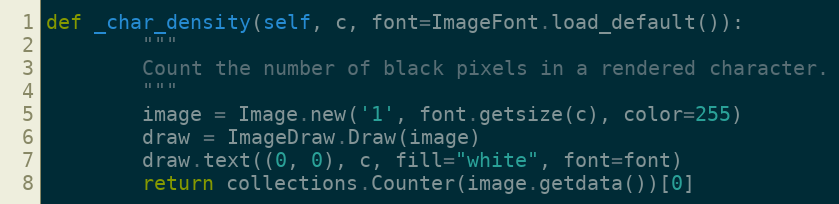
Language: Python
def _char_density(self, c, font=ImageFont.load_default()):
        """
        Count the number of black pixels in a rendered character.
        """
        image = Image.new('1', font.getsize(c), color=255)
        draw = ImageDraw.Draw(image)
        draw.text((0, 0), c, fill="white", font=font)
        return collections.Counter(image.getdata())[0]